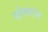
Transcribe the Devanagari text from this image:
खोक्यांत